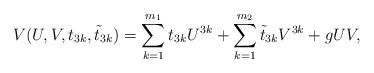
LaTeX: \begin{align*}V(U,V,t_{3k},\tilde{t}_{3k})=\sum_{k=1}^{m_{1}}t_{3k}U^{3k}+\sum_{k=1}^{m_{2}}\tilde{t}_{3k}V^{3k}+gUV,\end{align*}